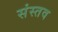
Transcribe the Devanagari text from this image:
संस्तव